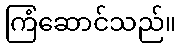
ကြံဆောင်သည်။